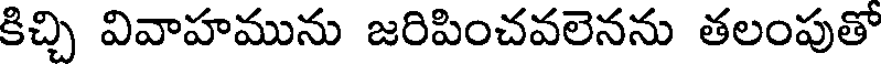
కిచ్చి వివాహమును జరిపించవలెనను తలంపుతో